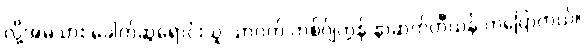
လို့အမဲသား ခေါက်ဆွဲရောင်းသူ သာဝတ် ကစ်ဂ်ျကွန် နာဆက်တီယန် ကပြောတယ်။